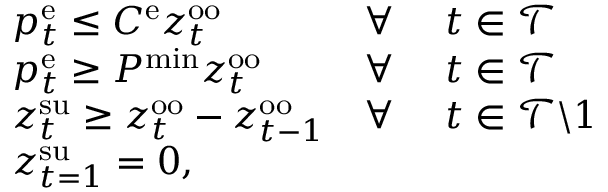
\begin{array} { r l r l } & { p _ { t } ^ { \mathrm { { e } } } \leq C ^ { \mathrm { e } } z _ { t } ^ { \mathrm { { o o } } } } & { \forall ~ } & { t \in \mathcal { T } } \\ & { p _ { t } ^ { \mathrm { e } } \geq P ^ { \mathrm { { m i n } } } z _ { t } ^ { \mathrm { o o } } } & { \forall ~ } & { t \in \mathcal { T } } \\ & { z _ { t } ^ { \mathrm { { s u } } } \geq z _ { t } ^ { \mathrm { o o } } - z _ { t - 1 } ^ { \mathrm { { o o } } } } & { \forall ~ } & { t \in \mathcal { T } \backslash 1 } \\ & { z _ { t = 1 } ^ { \mathrm { s u } } = 0 , } \end{array}